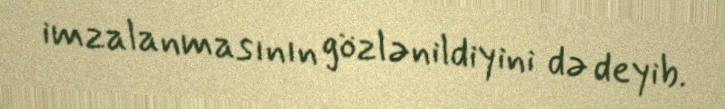
imzalanmasının gözlənildiyini də deyib.